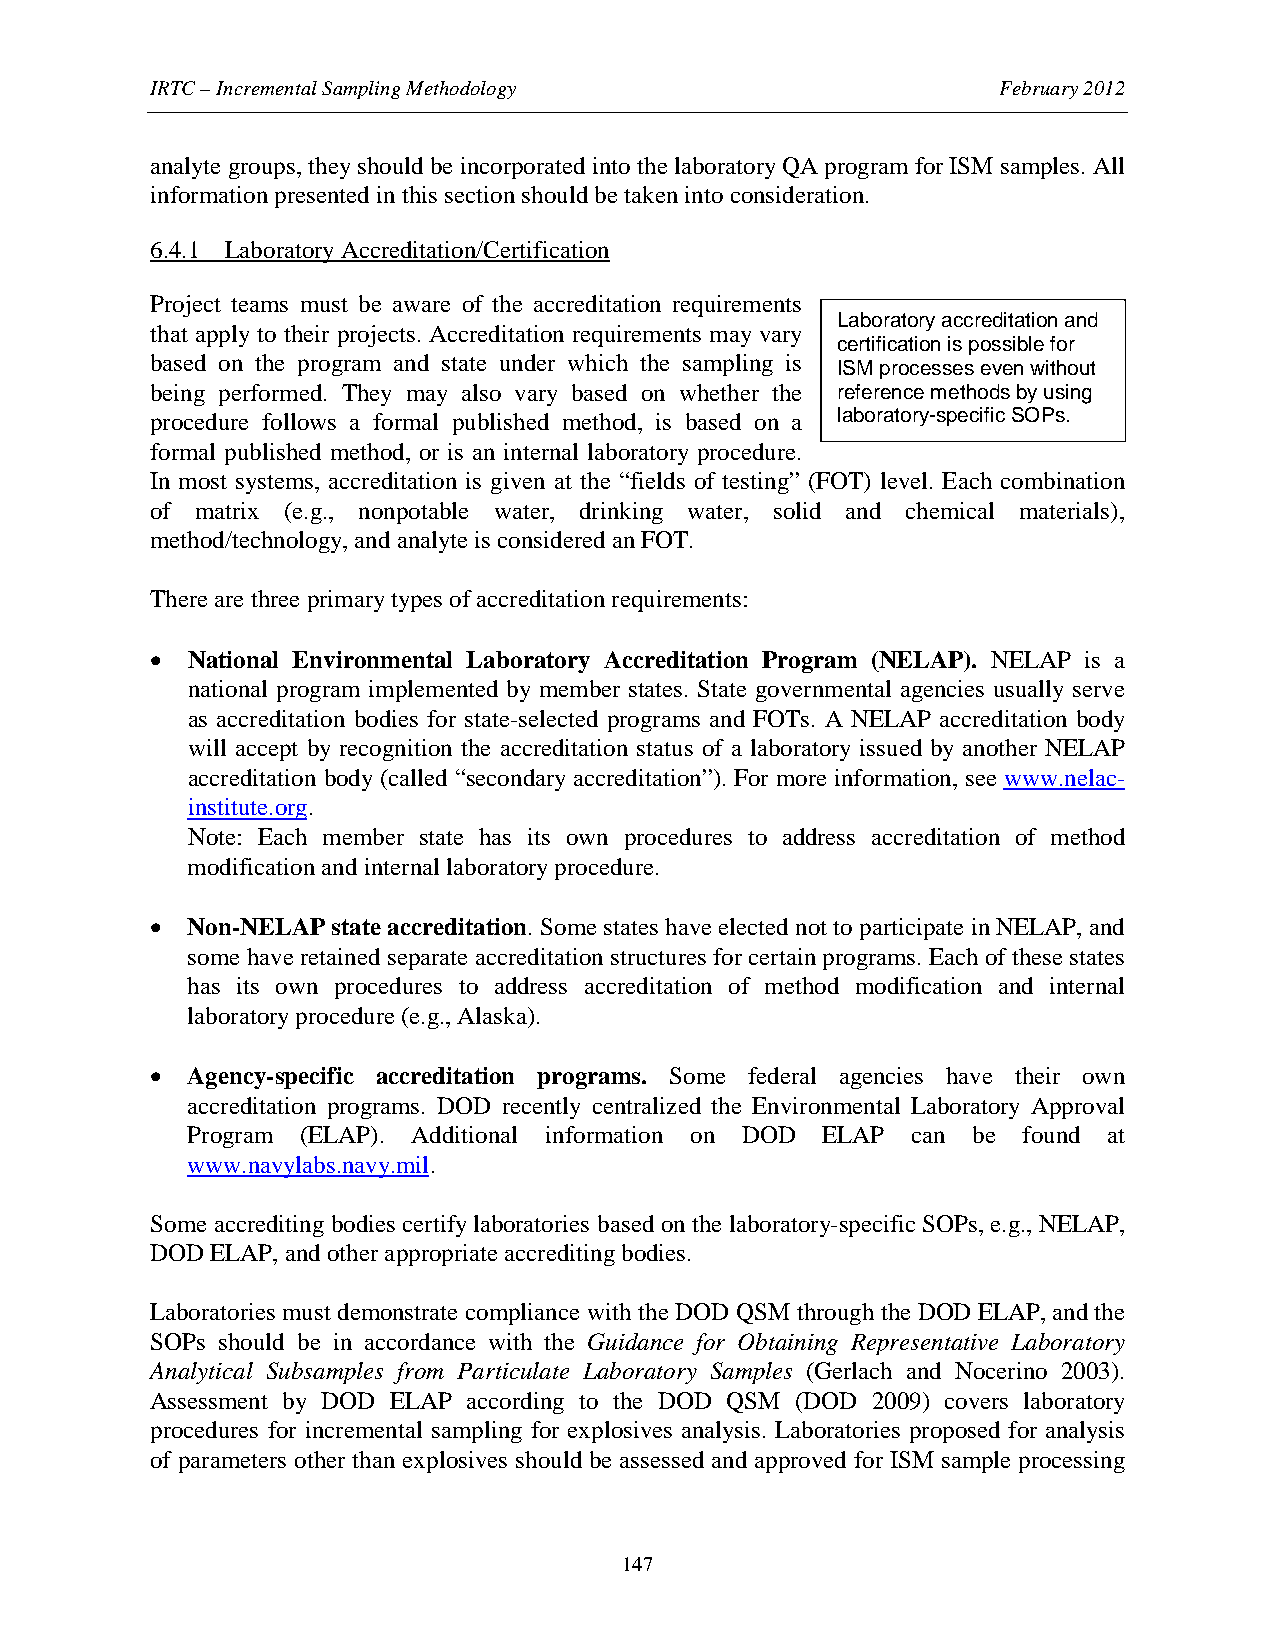
IRTC – Incremental Sampling Methodology                 February 2012
 analyte groups, they should be incorporated into the laboratory QA program for ISM samples. All
 information presented in this section should be taken into consideration.
 6.4.1 Laboratory Accreditation/Certification
 Project teams must be aware of the accreditation requirements
 Laboratory accreditation and
 that apply to their projects. Accreditation requirements may vary
 certification is possible for
 based on the program and state under which the sampling is
 ISM processes even without
 being performed. They may also vary based on whether the reference methods by using
 procedure follows a formal published method, is based on a laboratory-specific SOPs.
 formal published method, or is an internal laboratory procedure.
 In most systems, accreditation is given at the “fields of testing” (FOT) level. Each combination
 of matrix (e.g., nonpotable water, drinking water, solid and chemical materials),
 method/technology, and analyte is considered an FOT.
 There are three primary types of accreditation requirements:
 • National Environmental Laboratory Accreditation Program (NELAP). NELAP is a
 national program implemented by member states. State governmental agencies usually serve
 as accreditation bodies for state-selected programs and FOTs. A NELAP accreditation body
 will accept by recognition the accreditation status of a laboratory issued by another NELAP
 accreditation body (called “secondary accreditation”). For more information, see www.nelac-
 institute.org.
 Note: Each member state has its own procedures to address accreditation of method
 modification and internal laboratory procedure.
 • Non-NELAP state accreditation. Some states have elected not to participate in NELAP, and
 some have retained separate accreditation structures for certain programs. Each of these states
 has its own procedures to address accreditation of method modification and internal
 laboratory procedure (e.g., Alaska).
 • Agency-specific accreditation programs. Some federal agencies have their own
 accreditation programs. DOD recently centralized the Environmental Laboratory Approval
 Program (ELAP). Additional information on DOD ELAP can be found at
 www.navylabs.navy.mil.
 Some accrediting bodies certify laboratories based on the laboratory-specific SOPs, e.g., NELAP,
 DOD ELAP, and other appropriate accrediting bodies.
 Laboratories must demonstrate compliance with the DOD QSM through the DOD ELAP, and the
 SOPs should be in accordance with the Guidance for Obtaining Representative Laboratory
 Analytical Subsamples from Particulate Laboratory Samples (Gerlach and Nocerino 2003).
 Assessment by DOD ELAP according to the DOD QSM (DOD 2009) covers laboratory
 procedures for incremental sampling for explosives analysis. Laboratories proposed for analysis
 of parameters other than explosives should be assessed and approved for ISM sample processing
 147